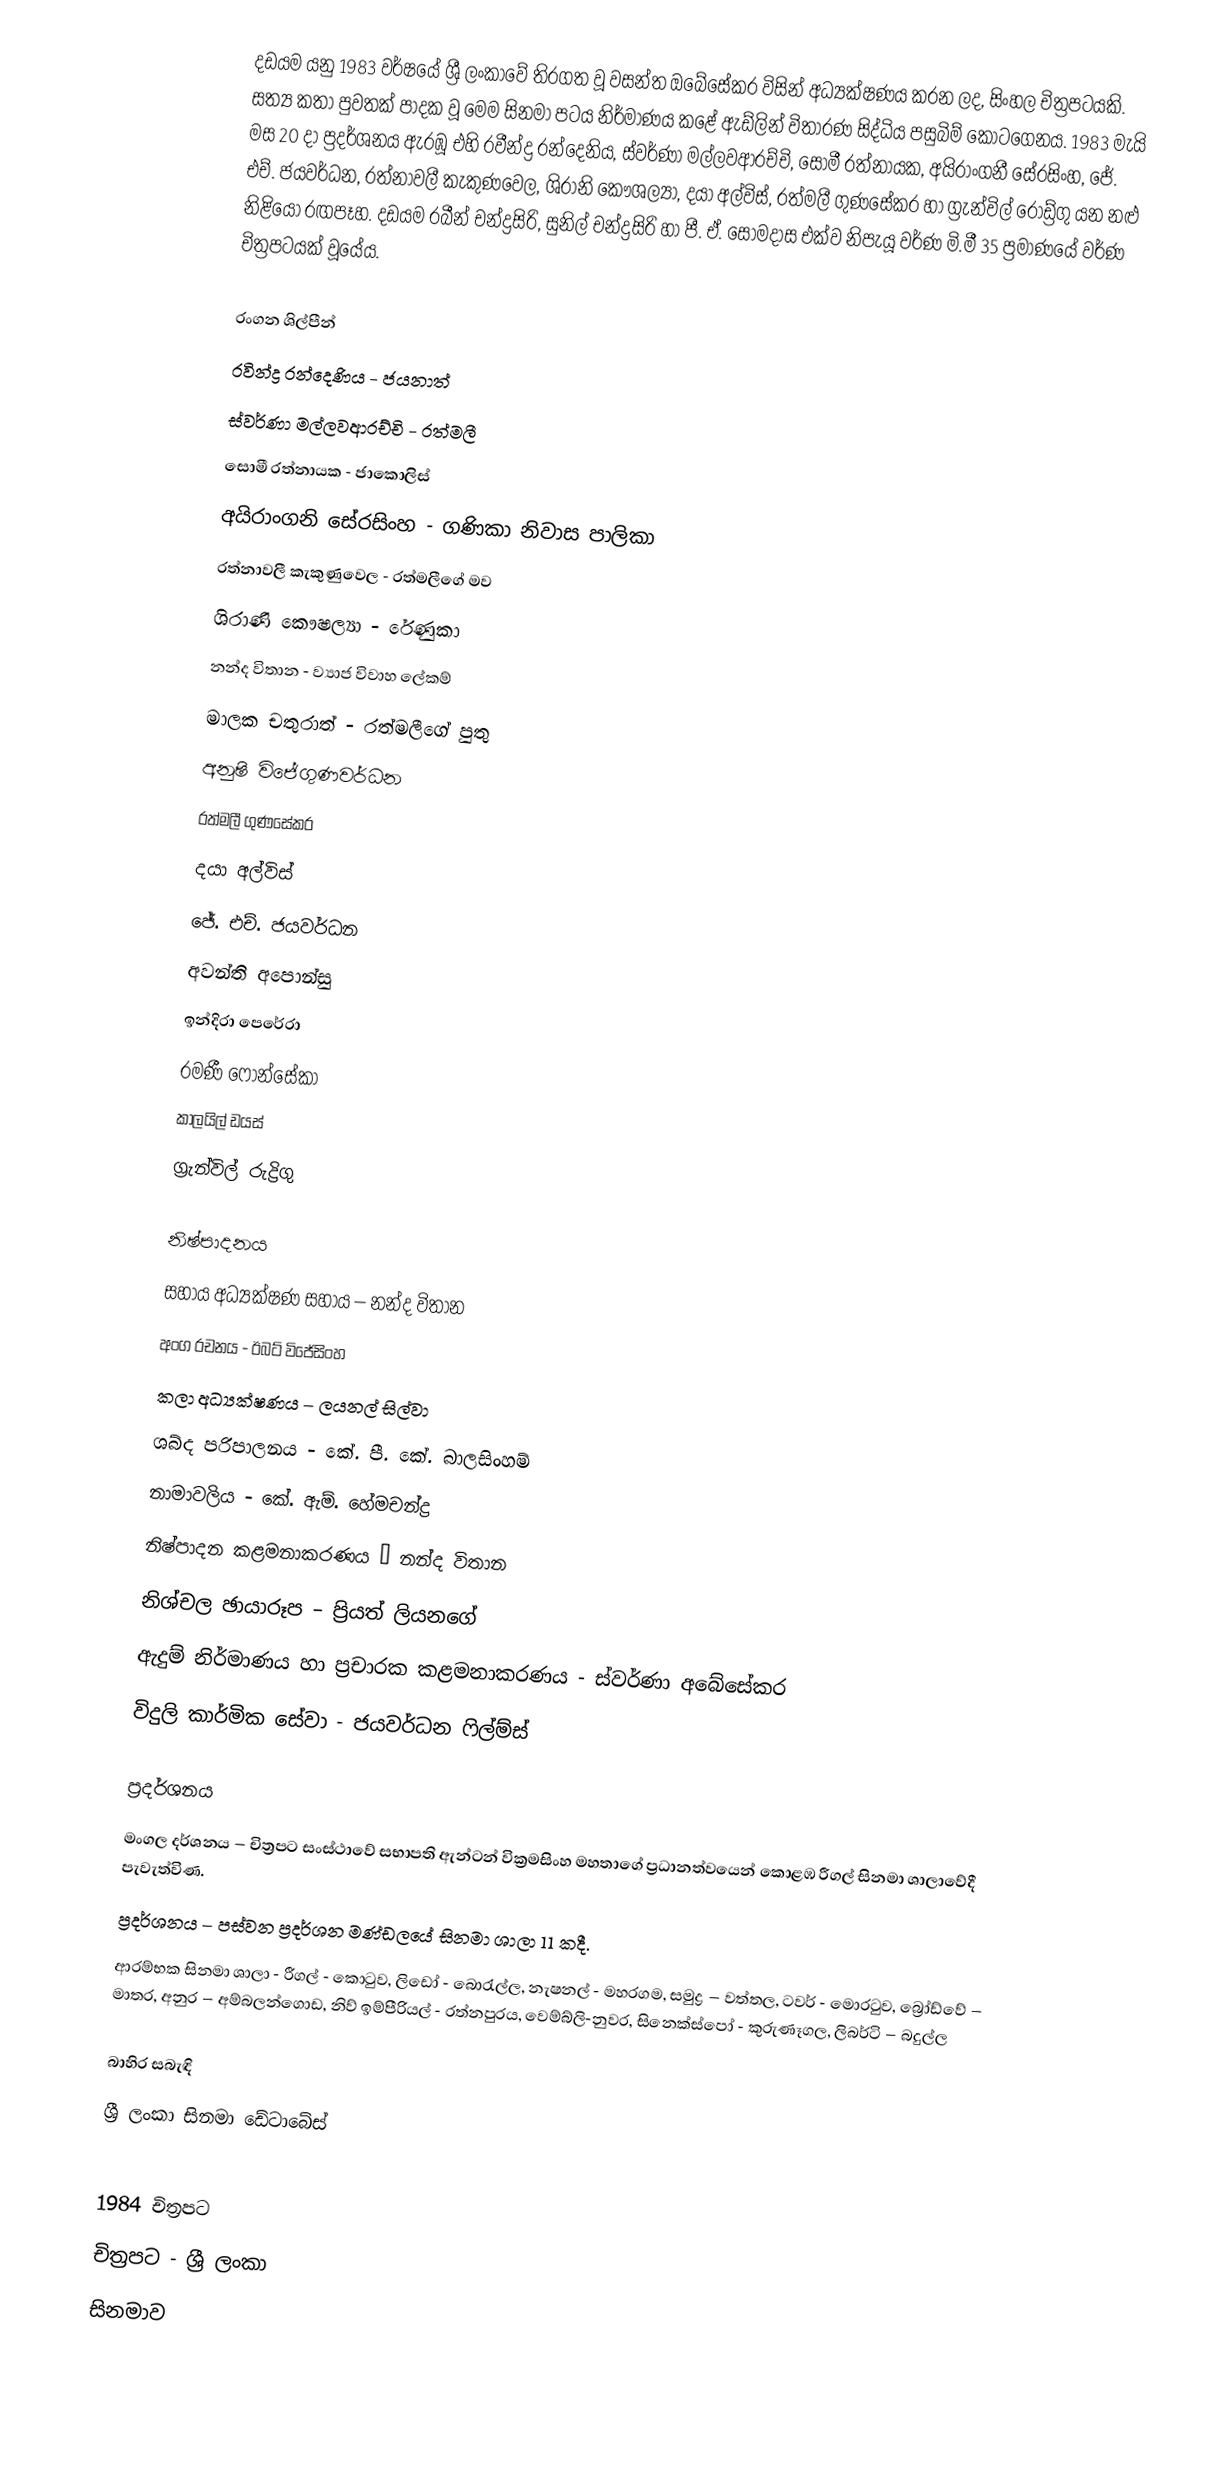
දඩයම යනු 1983 වර්ෂයේ ශ්‍රී ලංකාවේ තිරගත වූ වසන්ත ඔබේසේකර  විසින් අධ්‍යක්ෂණය කරන ලද, සිංහල චිත්‍රපටයකි. සත්‍ය කතා පුවතක් පාදක වූ මෙම සිනමා පටය නිර්මාණය කළේ ඇඩ්ලින් විතාරණ සිද්ධිය පසුබිම් කොටගෙනය. 1983 මැයි මස 20 දා ප්‍රදර්ශනය ඇරඹූ එහි රවීන්ද්‍ර රන්දෙනිය, ස්වර්ණා මල්ලවආරච්චි, සොමී රත්නායක, අයිරාංගනී සේරසිංහ, ජේ. එච්. ජයවර්ධන, රත්නාවලී කැකුණවෙල, ශිරානි කෞශල්‍යා, දයා අල්විස්, රත්මලී ගුණසේකර හා ග්‍රැන්විල් රොඩ්‍ර්‍ගු යන නළු නිළියෝ රඟපෑහ. දඩයම රබීන් චන්ද්‍රසිරි, සුනිල් චන්ද්‍රසිරි හා පී. ඒ. සෝමදාස එක්ව නිපැයූ වර්ණ මි.මී 35 ප්‍රමාණයේ වර්ණ චිත්‍රපටයක් වූයේය.

රංගන ශිල්පීන්
රවින්ද්‍ර රන්දෙණිය - ජයනාත්
ස්වර්ණා මල්ලවආරච්චි - රත්මලී
සොමී රත්නායක - ජාකොලිස්
අයිරාංගනි සේරසිංහ - ගණිකා නිවාස පාලිකා
රත්නාවලී කැකුණුවෙල - රත්මලීගේ මව
ශිරාණි කෞෂල්‍යා - රේණුකා
නන්ද විතාන - ව්‍යාජ විවාහ ලේකම්
මාලක චතුරාත් - රත්මලීගේ පුතු
අනුෂි විජේගුණවර්ධන
රත්මලී ගුණසේකර
දයා අල්විස්
ජේ. එච්. ජයවර්ධන
අවන්ති අපොන්සු
ඉන්දිරා පෙරේරා
රමණී ෆොන්සේකා
කාලයිල් ඩයස්
ග්‍රැන්විල් රුද්‍රිගු

නිෂ්පාදනය
සහාය අධ්‍යක්ෂණ සහාය – නන්ද විතාන
අංග රචනය - ඊබට් විජේසිංහ
කලා අධ්‍යක්ෂණය – ලයනල් සිල්වා
ශබ්ද පරිපාලනය - කේ. පී. කේ. බාලසිංහම්
නාමාවලිය - කේ. ඇම්. හේමචන්ද්‍ර
නිෂ්පාදන කළමනාකරණය – නන්ද විතාන
නිශ්චල ඡායාරූප – ප්‍රියත් ලියනගේ
ඇදුම් නිර්මාණය හා ප්‍රචාරක කළමනාකරණය - ස්වර්ණා අබේසේකර
විදුලි කාර්මික සේවා - ජයවර්ධන ෆිල්ම්ස්

ප්‍රදර්ශනය
මංගල දර්ශනය – චිත්‍රපට සංස්ථාවේ සභාපති ඇන්ටන් වික්‍රමසිංහ මහතාගේ ප්‍රධානත්වයෙන් කොළඹ රීගල් සිනමා ශාලාවේදී පැවැත්විණ.
ප්‍රදර්ශනය – පස්වන ප්‍රදර්ශන මණ්ඩලයේ සිනමා ශාලා 11 කදී.
ආරම්භක සිනමා ශාලා - රීගල් - කොටුව, ලිඩෝ - බොරැල්ල, නැෂනල් - මහරගම, සමුද්‍ර – වත්තල, ටවර් - මොරටුව, බ්‍රෝඩ්වේ – මාතර, අනුර – අම්බලන්ගොඩ, නිව් ඉම්පීරියල් - රත්නපුරය, වෙම්බ්ලි-නුවර, සිනෙක්ස්පෝ - කුරුණෑගල, ලිබර්ටි – බදුල්ල

බාහිර සබැඳි
ශ්‍රී ලංකා සිනමා ඩේටාබේස්

1984 චිත්‍රපට
චිත්‍රපට - ශ්‍රී ලංකා
සිනමාව